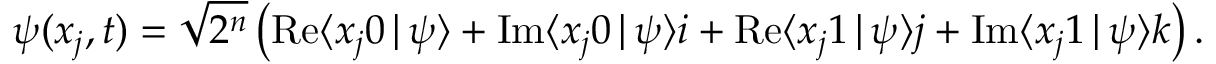
\boldsymbol { \psi } ( x _ { j } , t ) = \sqrt { 2 ^ { n } } \left( \mathrm { R e } { \langle x _ { j } 0 \, | \, \psi \rangle } + \mathrm { I m } { \langle x _ { j } 0 \, | \, \psi \rangle } \boldsymbol { i } + \mathrm { R e } { \langle x _ { j } 1 \, | \, \psi \rangle } \boldsymbol { j } + \mathrm { I m } { \langle x _ { j } 1 \, | \, \psi \rangle } \boldsymbol { k } \right) .